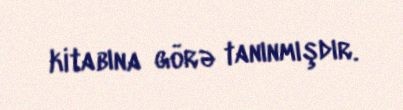
kitabına görə tanınmışdır.